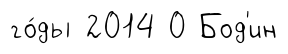
го́ды 2014 0 Бод'ин